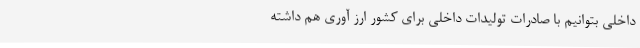
داخلی بتوانیم با صادرات تولیدات داخلی برای کشور ارز آوری هم داشته